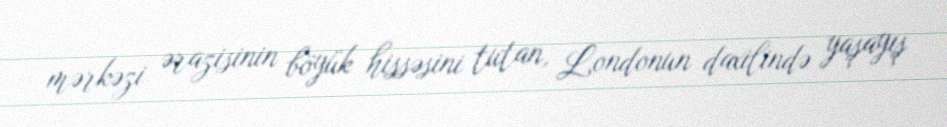
mərkəzi ərazisinin böyük hissəsini tutan, Londonun daxilində yaşayış